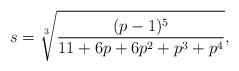
LaTeX: \begin{align*}s=\sqrt[3]{\frac{(p-1)^5}{11+6p+6p^2+p^3+p^4}},\end{align*}